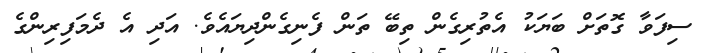
ސިފަވާ ގޮތަށް ބަޔަކު އެތުރިގެން ތިބޭ ތަން ފެނިގެންދިޔައެވެ. އަދި އެ ދެމަފިރިންގެ